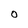
Character: O